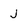
Character: J